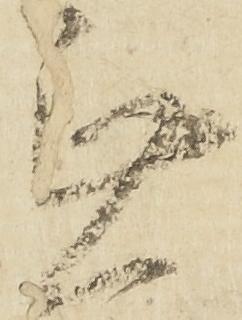
無